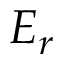
E _ { r }